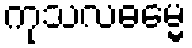
ကုသလဓမ္မေ